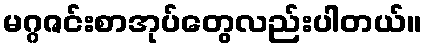
မဂ္ဂဇင်းစာအုပ်တွေလည်းပါတယ်။